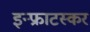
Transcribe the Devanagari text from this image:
इन्फ्राटस्कर